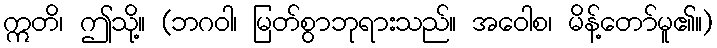
ဣတိ၊ ဤသို့။ (ဘဂဝါ၊ မြတ်စွာဘုရားသည်။ အဝေါစ၊ မိန့်တော်မူ၏။)